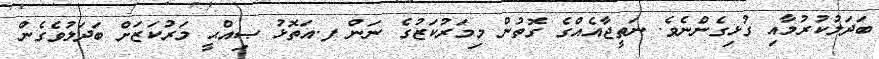
ބަދަލުކުރުމާއި ގުޅިގެންނެވެ. ނަތީޖާއެއްގެ ގޮތުން މިމަރުކަޒުގެ ނަން ފ.އަތޮޅު ޞިއްޙީ މަރުކަޒަށް ބަދަލުވެގެން